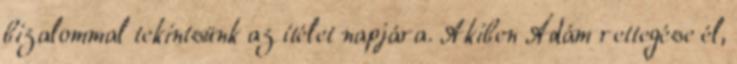
bizalommal tekintsünk az ítélet napjára. Akiben Ádám rettegése él,